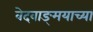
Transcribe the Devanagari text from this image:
वेदवाङ्‌मयाच्या